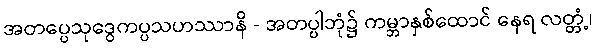
အတပ္ပေသုဒွေကပ္ပသဟဿာနိ - အတပ္ပါဘုံ၌ ကမ္ဘာနှစ်ထောင် နေရ လတ္တံ့၊